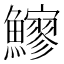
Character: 𩼶